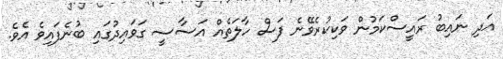
އަދި ނައިބު ރައީސްކަމުން ވަކިކުރެވޭނެ ފަސް ހާލަތެއް އަސާސީ ގަވައިދުގައި ބުނެފައިވެ އެވެ.